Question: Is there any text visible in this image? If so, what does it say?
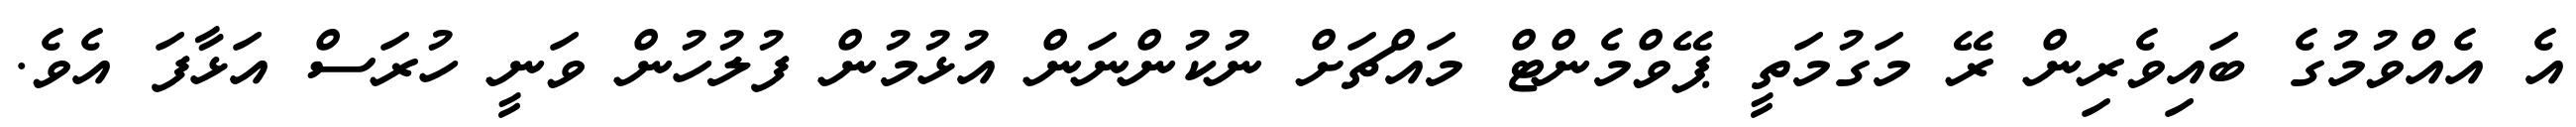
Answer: އެ އެއްވުމުގެ ބައިވެރިން ރޭ މަގުމަތީ ޕޭވްމެންޓް މައްޗަށް ނުކުންނަން އުޅުމުން ފުލުހުން ވަނީ ހުރަސް އަޅާފަ އެވެ.